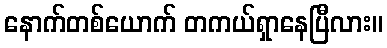
နောက်တစ်ယောက် တကယ်ရှာနေပြီလား။